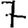
Digit: 7